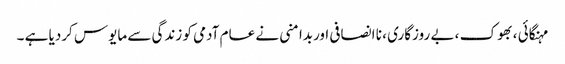
مہنگائی ، بھوک ، بے روزگاری ، نا انصافی اوربدامنی نے عام آدمی کو زندگی سے مایوس کردیا ہے ۔